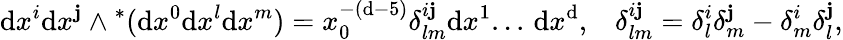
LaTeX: \mathrm{d}x^{i}\mathrm{d}x^{\mathbf{j}}\wedge{}^{*}(\mathrm{d}x^{0}\mathrm{d}x^{l}\mathrm{d}x^{m})=x_{0}^{-(\mathrm{d}-5)}\delta_{lm}^{i\mathbf{j}}\mathrm{d}x^{1}...\, \mathrm{d}x^{\mathrm{d}},\; \; \; \delta_{lm}^{i\mathbf{j}}=\delta_{l}^{i}\delta_{m}^{\mathbf{j}}-\delta_{m}^{i}\delta_{l}^{\mathbf{j}},